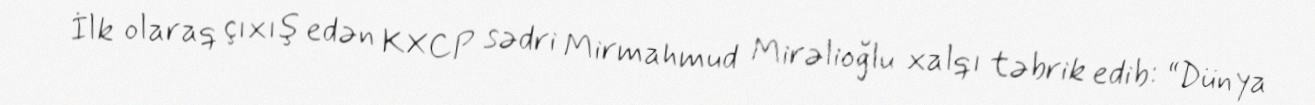
İlk olaraq çıxış edən KXCP sədri Mirmahmud Mirəlioğlu xalqı təbrik edib: “Dünya